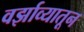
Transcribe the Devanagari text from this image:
वर्झाव्यातून